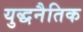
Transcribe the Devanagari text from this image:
युद्धनैतिक